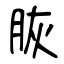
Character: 脄